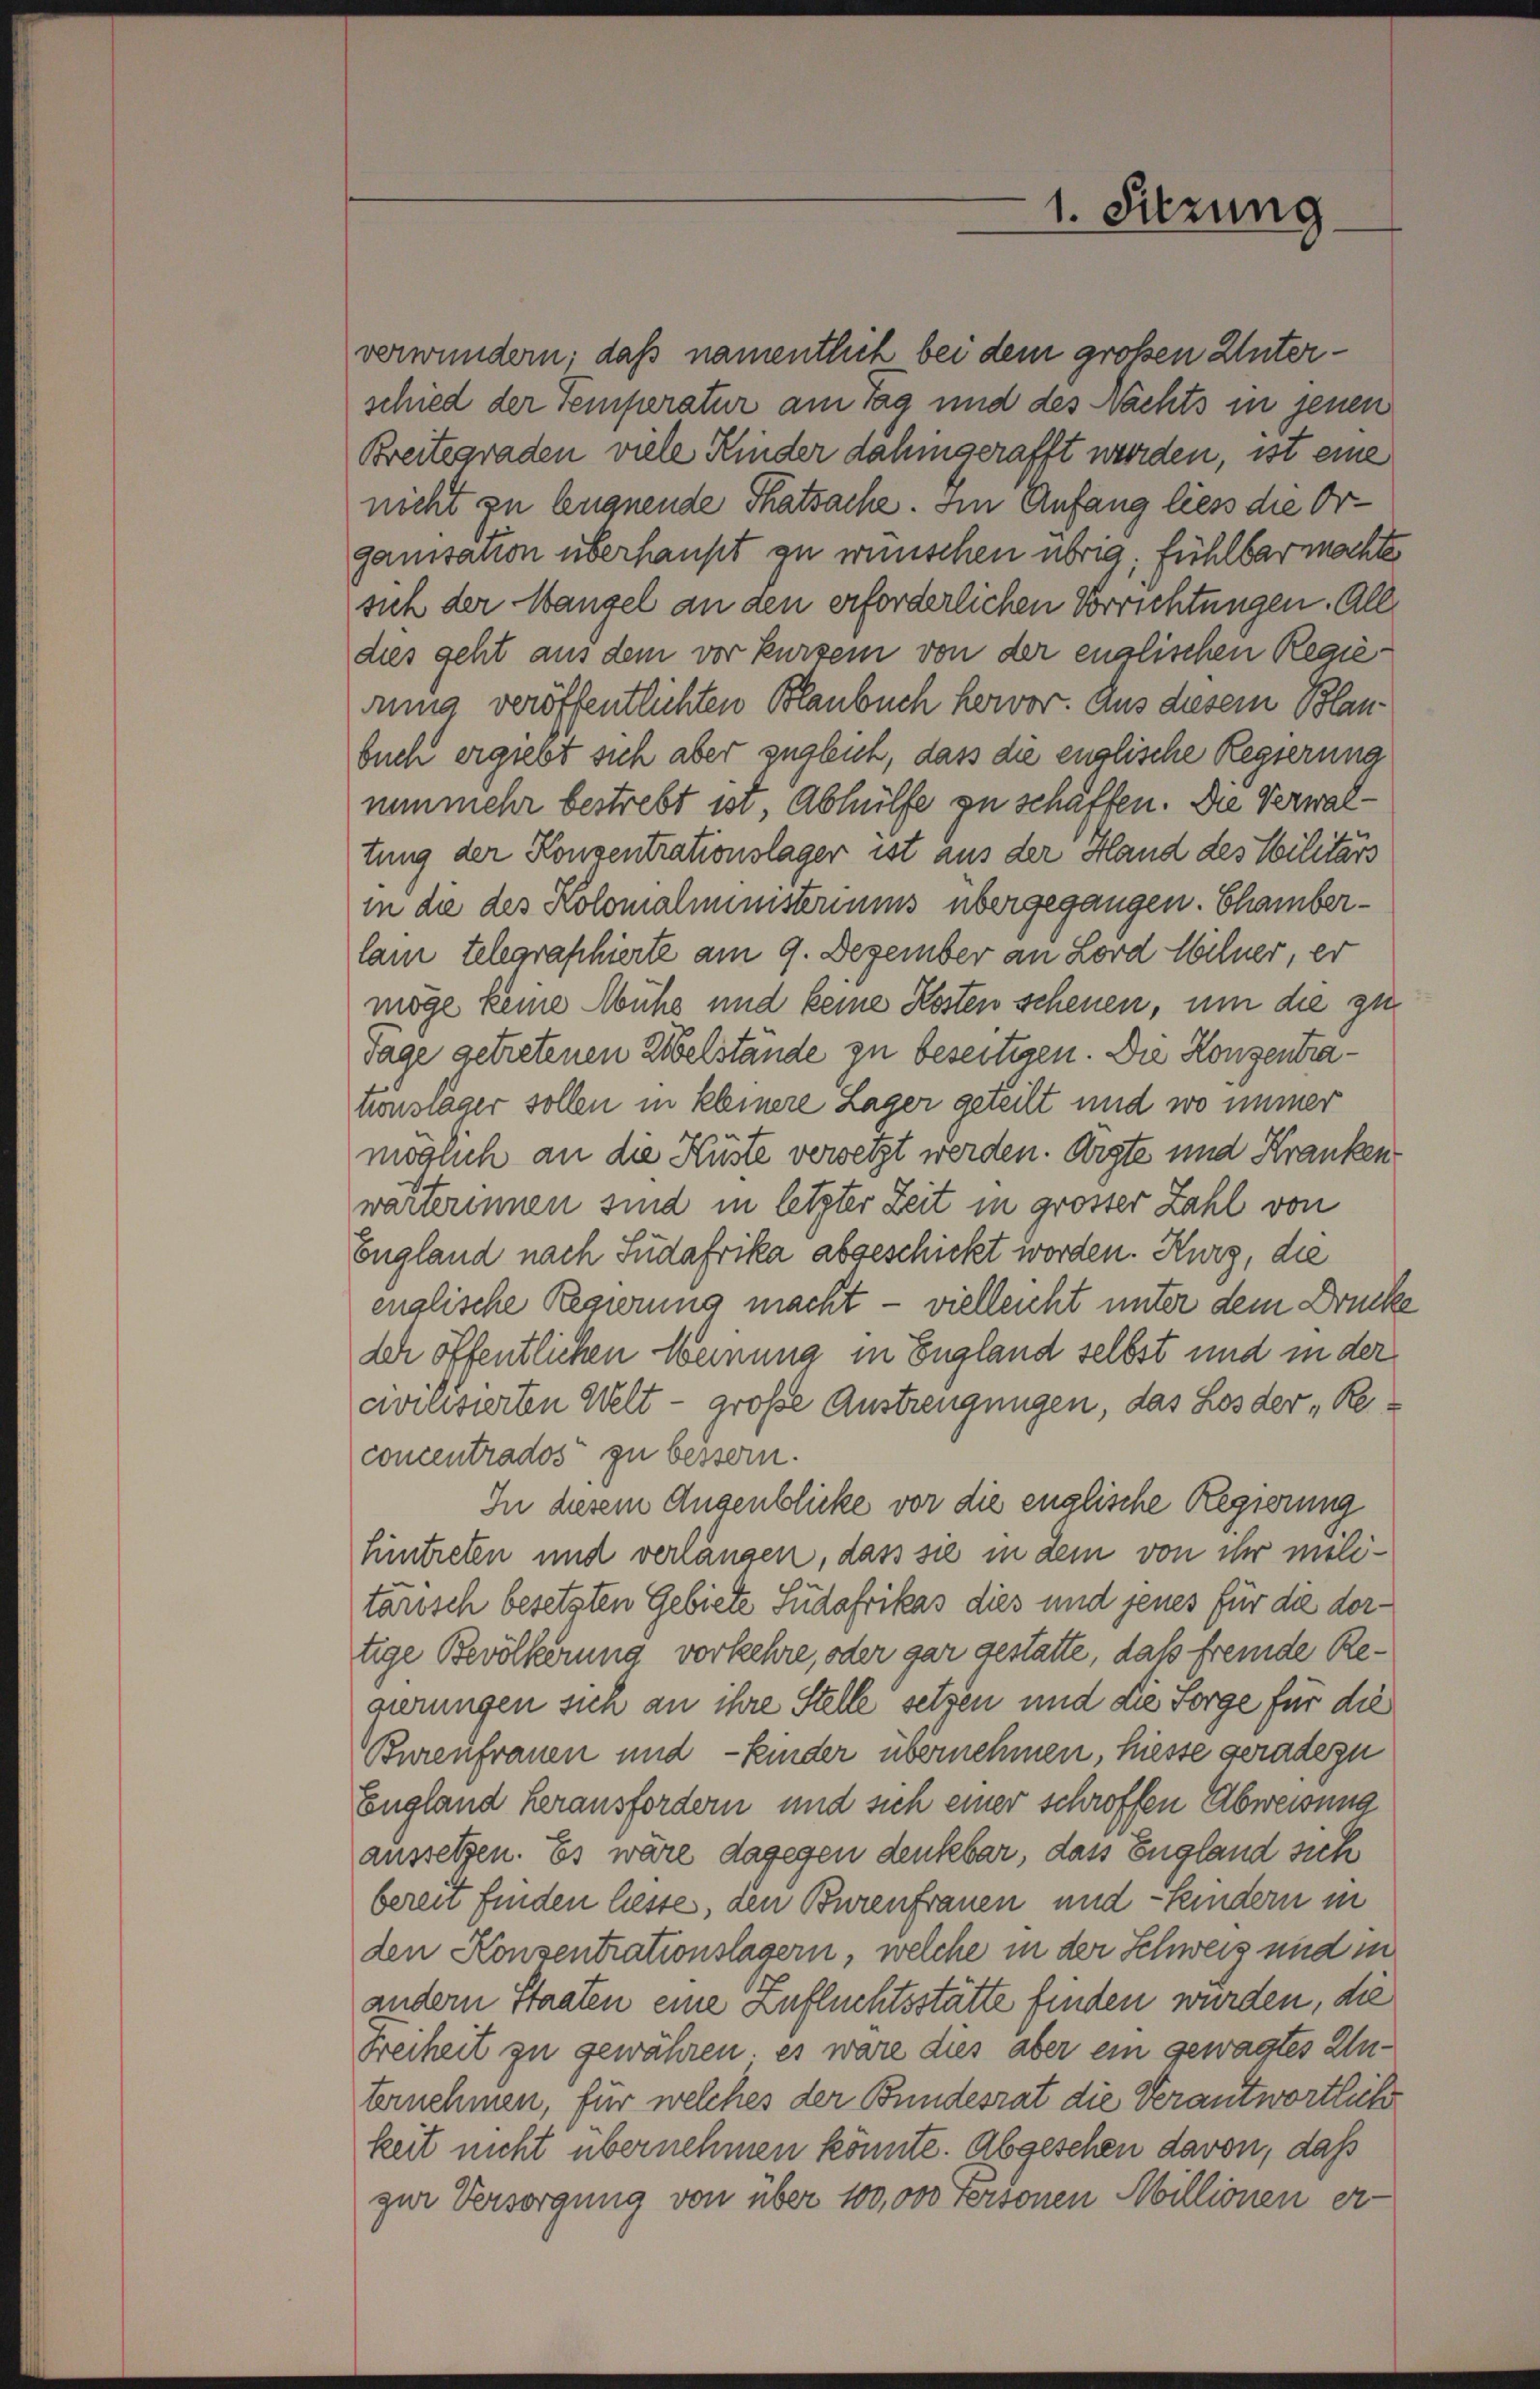
verwundern; daß namentlich bei dem großen Unterschied der Temperatur am Tag und des Nachts in jenen
Breitegraden viele Kinder dahingerafft werden, ist eine
nicht zu leugnende Thatsache. Im Anfang liess die Organisation überhaupt zu wünschen übrig, fühlbar machte
sich der Wangel an den erforderlichen Vorrichtungen. All
dies geht aus dem vor kurzem von der englischen Regierung veröffentlichten Blanbuch hervor. Aus diesem Blanbuch ergiebt sich aber zugleich, dass die englische Regierung
nunmehr bestrebt ist, Abhülfe zu schäften. Die Verwaltung der Konzentrationslager ist aus der Hand des Militärs
in die des Kolomalministeriums übergegangen. Chamberlam telegraphierte am 9. Dezember an Lord Wilder, er
möge keine Mühe und keine Kosten schenen, um die zu
Tage getretenen Zibelstände zu beseiteren. Die Konzentrationsläger sollen in kleinere Lager geteilt und wo immer
möglich an die Küste versetzt werden. Argte und Kranken
warterinnen sind in letzter Zeit in grosser Zahl von
England nach Südafrika abgeschickt worden. Kurz, die
englische Regierung macht – vielleicht unter dem Drucke
Ich öffentlichen Weinung in England selbst und in der
avilisierten Welt - große Austrengungen, das Los der „Reconcentrados zu bessern.
In diesem Augenblicke vor die englische Regierung
hintreten und verlängen, dass sie in dem von ihr militarisch besetzten Gebiete Südafrikas dies und jenes für die dortige Bevölkerung vorkehre, oder gar gestatte, daß fremde Regierungen sich an ihre Stelle setzen und die Sorge für die
Burenfrauen und Kinder übernehmen, hiesse geradezu
England herausfordern und sich einer schroffen Abweisung
aussetzen. Es wäre dagegen denkbar, dass England sich
bereit finden liesse, den Burenfrauen und - Handern in
den Konsentrationslagern, welche in der Schweiz und in
andern Staaten eine Zufluchtsstätte finden wurden, die
Freiheit zu gewähren, es wäre dies aber ein gewagtes Unternehmen, für welches der Bundesrat die Verantwortlich
keit nicht übernehmen könnte. Abgesehen davon, daß
zur Versorgung von über 100,000 Personen Millionen er-

1. Sitzung